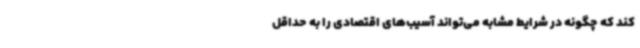
کند که چگونه در شرایط مشابه می‌تواند آسیب‌های اقتصادی را به حداقل